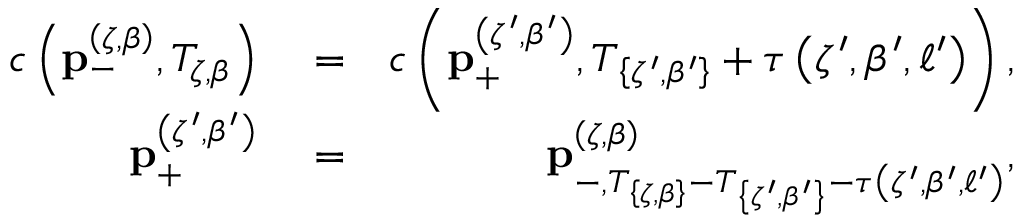
\begin{array} { r l r } { c \left( \mathbf { p } _ { - } ^ { \left( \zeta , \beta \right) } , T _ { \zeta , \beta } \right) } & { { } = } & { c \left( \mathbf { p } _ { + } ^ { \left( \zeta ^ { \prime } , \beta ^ { \prime } \right) } , T _ { \left\{ \zeta ^ { \prime } , \beta ^ { \prime } \right\} } + \tau \left( \zeta ^ { \prime } , \beta ^ { \prime } , \ell ^ { \prime } \right) \right) , } \\ { \mathbf { p } _ { + } ^ { \left( \zeta ^ { \prime } , \beta ^ { \prime } \right) } } & { { } = } & { \mathbf { p } _ { - , T _ { \left\{ \zeta , \beta \right\} } - T _ { \left\{ \zeta ^ { \prime } , \beta ^ { \prime } \right\} } - \tau \left( \zeta ^ { \prime } , \beta ^ { \prime } , \ell ^ { \prime } \right) } ^ { \left( \zeta , \beta \right) } , } \end{array}